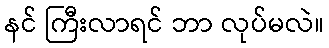
နင် ကြီးလာရင် ဘာ လုပ်မလဲ။